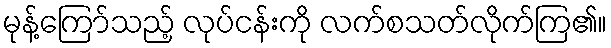
မုန့်ကြော်သည့် လုပ်ငန်းကို လက်စသတ်လိုက်ကြ၏။